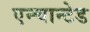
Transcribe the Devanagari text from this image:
एन्चान्टेड